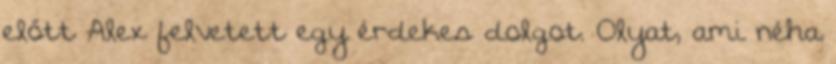
előtt Alex felvetett egy érdekes dolgot. Olyat, ami néha